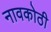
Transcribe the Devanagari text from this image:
नावकोठी